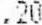
.20